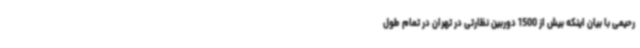
رحیمی با بیان اینکه بیش از 1500 دوربین نظارتی در تهران در تمام طول